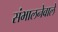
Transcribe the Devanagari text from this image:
संभालनेवाले